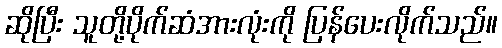
ဆိုပြီး သူတို့ပိုက်ဆံအားလုံးကို ပြန်ပေးလိုက်သည်။